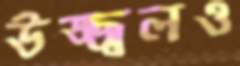
উজ্জ্বলও